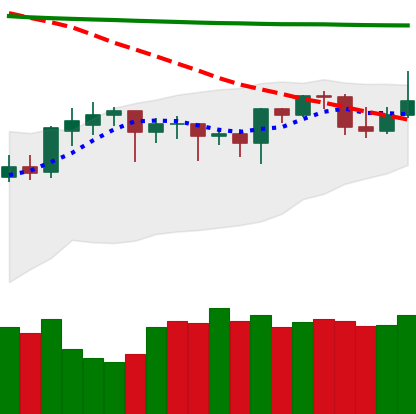
Ticker: DOGE-USD
Chart end date: 2020-04-23
Forward return: 14.265%
Label: up_7plus